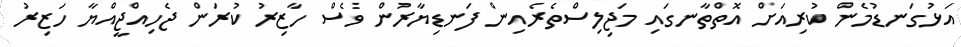
އަޅުގަނޑުމެން ކުރިއަށް އޮތްތާނގައި މަޖިލިސްތެރެއިން ފަނޑިޔާރުން ވެސް ހާޒިރު ކުރަން ޖެހިއްޖީއްޔާ ހަޒިރު